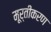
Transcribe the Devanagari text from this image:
मूर्तीकरण